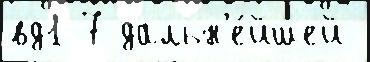
вд1 7 дальн'е́йшей